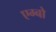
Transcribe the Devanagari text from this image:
एग्बो